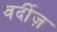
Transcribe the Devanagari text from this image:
वर्दीज़